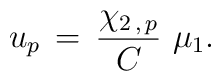
u_p \,=\,{\chi_{2\,,\,p}\over C} \,\, \mu_1 .